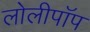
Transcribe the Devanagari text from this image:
लोलीपॉप